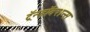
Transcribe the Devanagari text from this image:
ट्रॅन्झॅक्शन्स